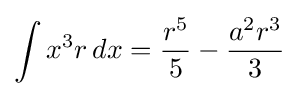
\int x^{3}r\,dx={\frac {r^{5}}{5}}-{\frac {a^{2}r^{3}}{3}}